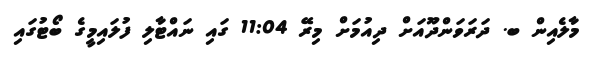
މާލެއިން ބ. ދަރަވަންދޫއަށް ދިއުމަށް މިރޭ 11:04 ގައި ނައްޓާލި ފުލައިމީގެ ބޯޓުގައި